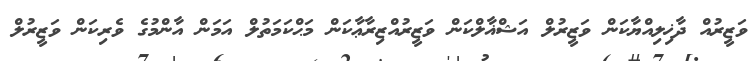
ވަޒީރުއް ދާޚިލިއްޔާކަން ވަޒީރުލް އަޝްޣާލްކަން ވަޒީރުއްޒިރާޢާކަން މަޙްކަމަތުލް އަމަން އާންމުގެ ވެރިކަން ވަޒީރުލް